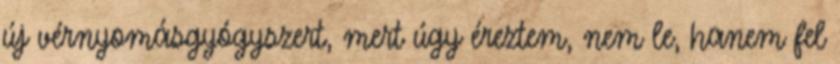
új vérnyomásgyógyszert, mert úgy éreztem, nem le, hanem fel